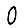
Digit: 0